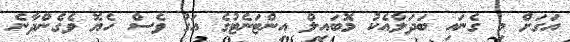
އަގަށް މި ގެނައި ބަދަލާއެކު މޮބައިލް އިންޓަނެޓުގެ އަގު ވެސް ހެޔޮ ވެގެންދާނެ